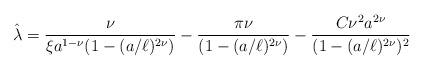
LaTeX: \begin{align*}{\hat\lambda}={\nu\over\xi a^{1-\nu}(1-(a/\ell)^{2\nu})}-{\pi\nu\over(1-(a/\ell)^{2\nu})}-{C\nu^2a^{2\nu}\over(1-(a/\ell)^{2\nu})^2}\end{align*}